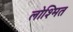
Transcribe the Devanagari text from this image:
लोश्मित